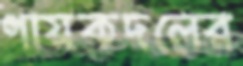
গায়কদলের